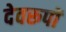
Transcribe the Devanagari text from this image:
देवरूपों